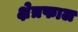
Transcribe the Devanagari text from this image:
क्षेत्रफाल